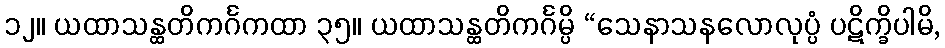
၁၂။ ယထာသန္ထတိကင်္ဂကထာ ၃၅။ ယထာသန္ထတိကင်္ဂမ္ပိ “သေနာသနလောလုပ္ပံ ပဋိက္ခိပါမိ,